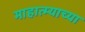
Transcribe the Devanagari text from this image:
माहात्म्याच्या